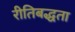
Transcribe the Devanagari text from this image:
रीतिबद्धता